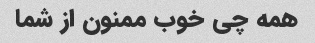
همه چی خوب ممنون از شما